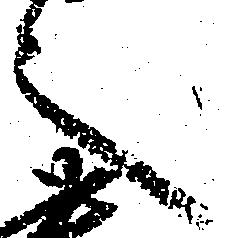
之